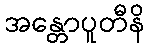
အန္တောပူတီနိ